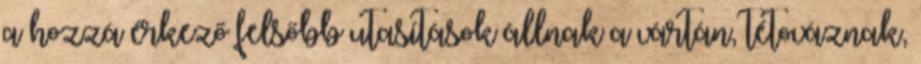
a hozzá érkező felsőbb utasítások állnak a vártán, tétováznak,